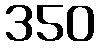
350